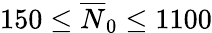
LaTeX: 150\le\overline{{N}}_{0}\le 1100